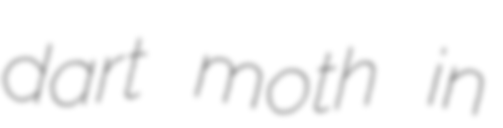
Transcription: dart moth in